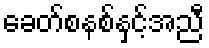
ခေတ်စနစ်နှင့်အညီ